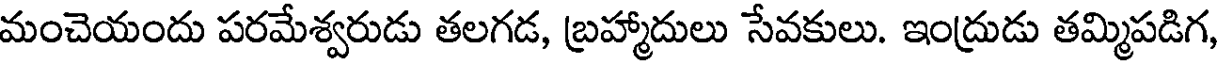
మంచెయందు పరమేశ్వరుడు తలగడ, బ్రహ్మాదులు సేవకులు. ఇంద్రుడు తమ్మిపడిగ,